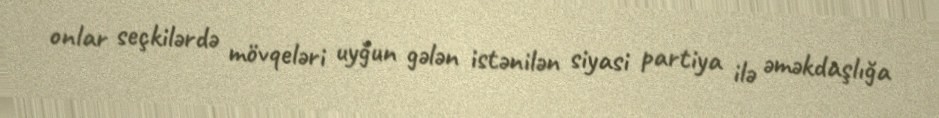
onlar seçkilərdə mövqeləri uyğun gələn istənilən siyasi partiya ilə əməkdaşlığa